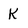
Character: k